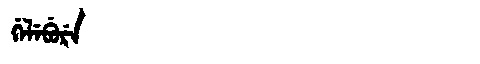
Manchu: ᡤᡝᠯᡝᠪᡠᡵᡝ
Romanization: GELEBURE